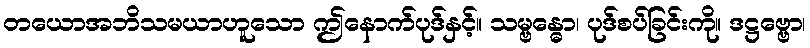
တယောအဘိသမယာဟူသော ဤနောက်ပုဒ်နှင့်။ သမ္ဗန္ဓော၊ ပုဒ်စပ်ခြင်းကို။ ဒဋ္ဌဗ္ဗော၊